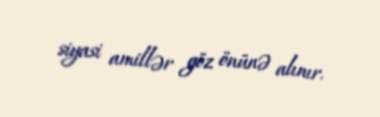
siyasi amillər göz önünə alınır.